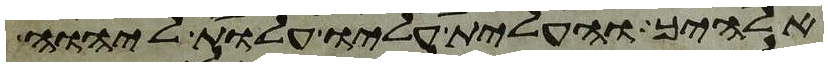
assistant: אלהיך והעלית עליו עלות ליהוה